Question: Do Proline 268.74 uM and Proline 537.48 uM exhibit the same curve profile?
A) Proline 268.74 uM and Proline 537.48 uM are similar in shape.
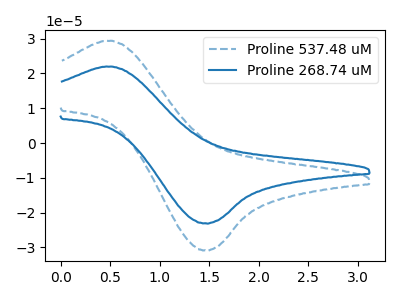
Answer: <think>The blue dashed curve "Proline 537.48 uM" has an anodic peak at (0.45V, 29.40uA) and a cathodic peak at (1.45V, -30.85uA). The blue curve "Proline 268.74 uM" has an anodic peak at (0.45V, 22.00uA) and a cathodic peak at (1.45V, -23.05uA).
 All the peaks in "Proline 268.74 uM" have a peak in "Proline 537.48 uM" at the same potential. Every peak in "Proline 268.74 uM" is lower than every peak in "Proline 537.48 uM".</think>
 <answer>A) "Proline 268.74 uM" and "Proline 537.48 uM" are similar in shape.</answer>
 <eval>A</eval>